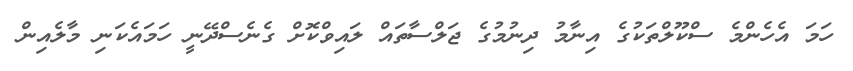
ހަމަ އެހެންމެ ސްކޫލްތަކުގެ އިނާމު ދިނުމުގެ ޖަލްސާތައް ލައިވްކޮށް ގެނެސްދޭނީ ހަމައެކަނި މާލެއިން